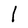
Character: l